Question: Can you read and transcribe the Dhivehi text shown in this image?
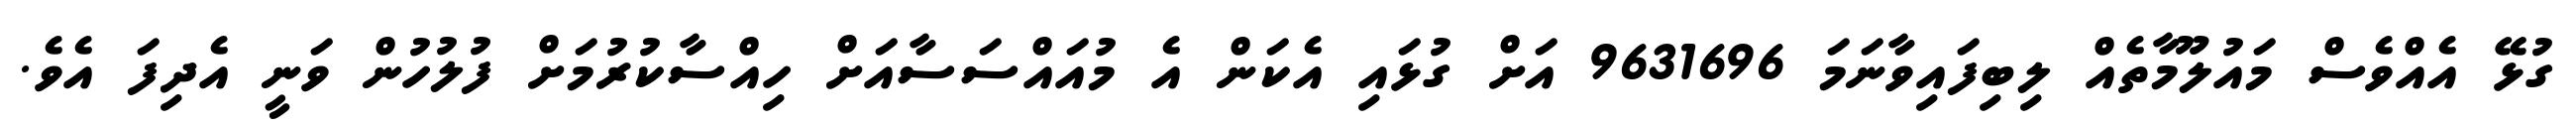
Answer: ގުޅޭ އެއްވެސް މައުލޫމާތެއް ލިބިފައިވާނަމަ 9631696 އަށް ގުޅައި އެކަން އެ މުއައްސަސާއަށް ހިއްސާކުރުމަށް ފުލުހުން ވަނީ އެދިފަ އެވެ.